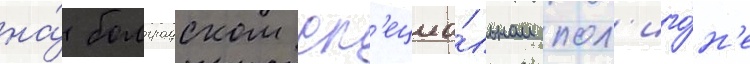
на́ болградском сп'ециа́льном пол'иго́н'е